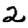
Digit: 2